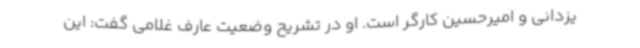
یزدانی و امیرحسین کارگر است. او در تشریح وضعیت عارف غلامی گفت: این